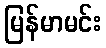
မြန်မာမင်း